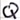
Text: Q